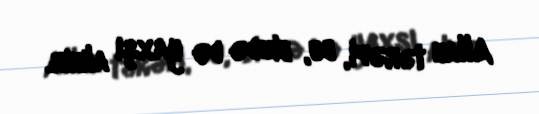
Allah tərəfi, bu, bizdə də yaxşı alınır.